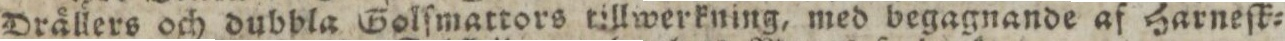
Drällers och dubbla Golſmattors tillwerkning, med begagnande af Harneſk=